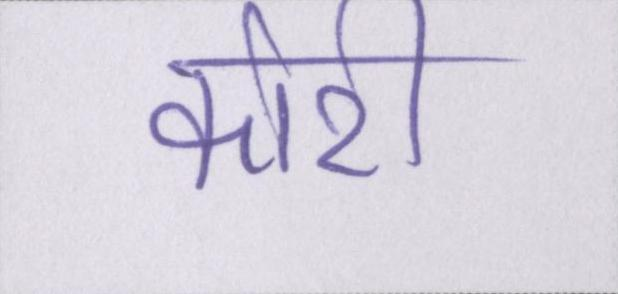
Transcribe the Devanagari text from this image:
कोरी